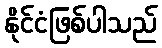
နိုင်ငံဖြစ်ပါသည်